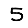
Digit: 5